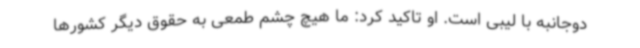
دوجانبه با لیبی است. او تاکید کرد: ما هیچ چشم طمعی به حقوق دیگر کشورها